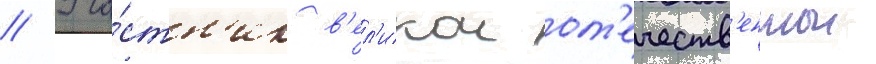
// Уча́стн'ик в'ел'икои от'ечеств'еннои